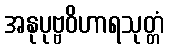
အနုပုဗ္ဗဝိဟာရသုတ္တံ